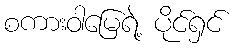
စကားဝါမြေရဲ့ ပိုင်ရှင်